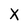
Character: X